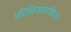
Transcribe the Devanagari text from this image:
प्रतिक्रियावादिता